Leaving Certificate Examination, 1909
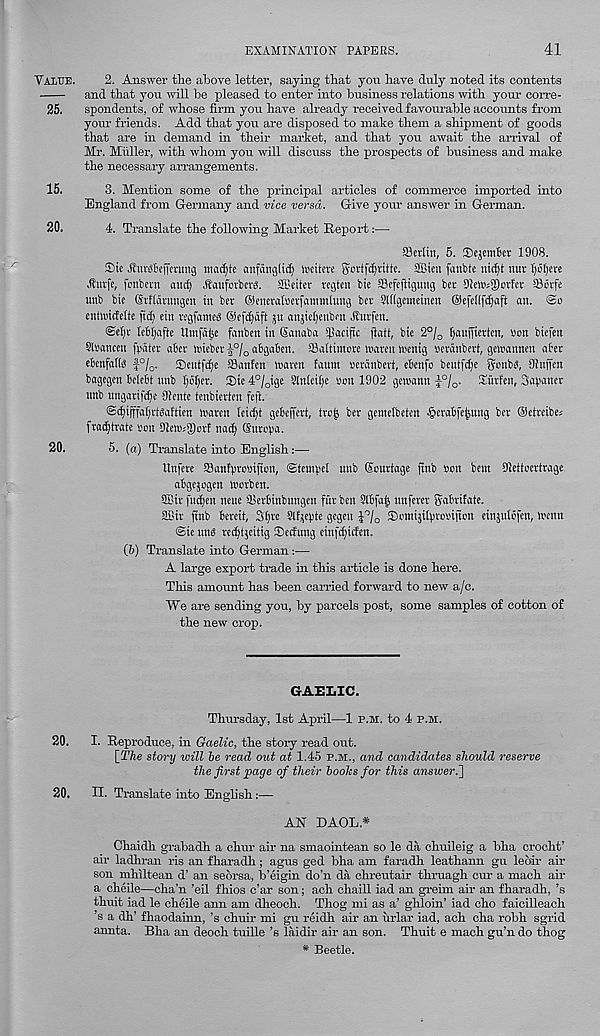
EXAMINATION PAPERS.
41
Value.
2. Answer the above letter, saying that you have duly noted its contents
and that you will be pleased to enter into business relations with your corre-
25. spondents, of whose firm you have already received favourable accounts from
your friends. Add that you are disposed to make them a shipment of goods
that are in demand in their market, and that you await the arrival of
Mr. Muller, with whom you will discuss the prospects of business and make
the necessary arrangements.
15.
3. Mention some of the principal articles of commerce imported into
England from Germany and vice versa. Give your answer in German.
20.
4. Translate the following Market Report:—
ffleriin, 5. IDejemtcr 1908.
Sic Eiurtefferimg nmcljte anfattglidj imtere grrtfcfyrittc. SSien fanbfe nic^t nut I)ct)ere
.fturfe, fcnbcnt and) .StaufovberS. SOJeitet regten bie Scfcfiigung bet 91c»«3)Drfct fflorfe
unb bte Gstficitungcn in bet ©enctalsetfammlung bet 9l((geinetnen ©efcfifcOaft an. @o
cntnncfeife ftc§ ein regfamed ®cfd)dft ju anjtel;cnbru Eutfen.
@cl)t IcBIjgftc Umfdije fanben in Ganaba Sfiacific (latt, bic 2°^ ^aufficricn, ton biefen
9l»ancen fpdtcr abet nnebet 5 0 / o abgaben. SBaltintore luaren toenig Berdnbert, gemannen abet
ebenfaffs f°/ 0 . Seutfc^e ®anfcn nxitcn fount Betdnbert, ebenfc beutfd;e gonbs, Siuffen
bagegen belebt nub I;o^er. Sie 4°/ 0 ige 9Iniei()e ton 1902 genwnn l 0 / o . Siirfen, aabaner
unb uugatifc^c 9iente tenbierten feft.
@^ifffal)ttdaftien iratcu teic^t gebeffett, tro^ bet gemetbeten §etabfe^ung bet ©eitcibe^
fra^ttate ton 9tett>;g)otf nad) G'utcpa.
20.
5. (a) Translate into English:—
Unfete Sanfptcsifton, ©tentpel unb Goutiage fiub son bent Oleiicetitage
abgejogen trorben.
3Cir ft®en nette Sletbinbnngeu fut ben Slbfa^ unferet gabttfaie.
afitt finb beteii, 3i)tc Slfjepte gegen J 0 / o Smnisitprotnjton einjitlcfen, H'enn
@ie unb ret^ijeitig Secfung ciufc^iifen.
(5) Translate into German:—
A large export trade in this article is done here.
This amount has been carried forward to new a/c.
We are sending you, by parcels post, some samples of cotton of
the new crop.
GAEIiIC.
Thursday, 1st April—1 P.M. to 4 P.M.
20. I. Reproduce, in Gaelic, the story read out.
[The story will he read out at 1.45 p.m., and candidates should reserve
the first page of their boohs for this answer.']
20. II. Translate into English:—
AN DAOL*
Chaidh grabadh a chur air na smaointean so le da chuileig a bha crocht’
air ladhran ris an fharadh; agus ged bha am faradh leathann gu leoir air
son mhiltean d’ an seorsa, b’eigin do’n da chreutair thruagh cm - a mach air
a cheile—cha’n ’eil fhios c’ar son; ach chaill iad an greim air an fharadh, ’s
thuit iad le cheile aim am dheoch. Thog mi as a’ ghloin’ iad cho faicilleach
’s a dh’ fhaodainn, ’s chuir mi gu reidh air an urlar iad, ach cha robh sgrid
annta. Bha an deoch tuille’s laidir air an son. Thuit e mach gu’n do thog
* Beetle.